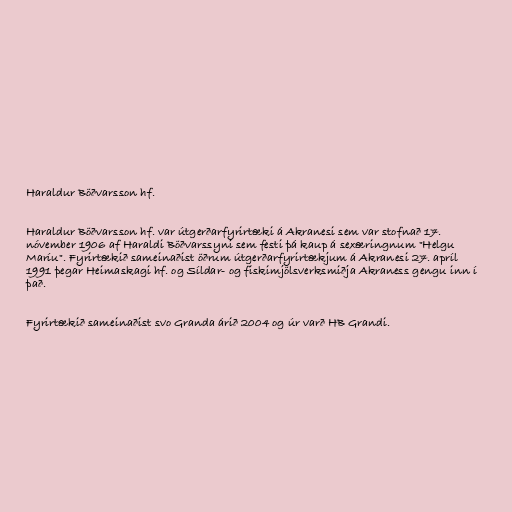
Haraldur Böðvarsson hf.

Haraldur Böðvarsson hf. var útgerðarfyrirtæki á Akranesi sem var stofnað 17.
nóvember 1906 af Haraldi Böðvarssyni sem festi þá kaup á sexæringnum "Helgu
Maríu". Fyrirtækið sameinaðist öðrum útgerðarfyrirtækjum á Akranesi 27. apríl
1991 þegar Heimaskagi hf. og Síldar- og fiskimjölsverksmiðja Akraness gengu inn í
það.

Fyrirtækið sameinaðist svo Granda árið 2004 og úr varð HB Grandi.